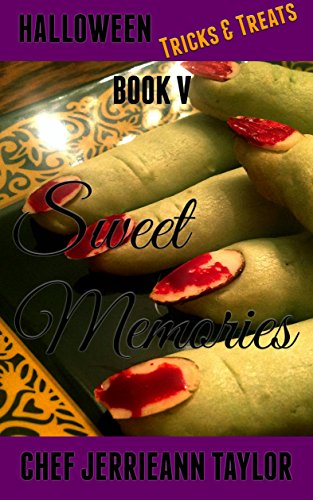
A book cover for Sweet Memories: Book V - Halloween Tricks & Treats: Halloween Tricks & Treats (Sweet Memories Cookbooks 5); Jerrieann Taylor; Cookbooks, Food & Wine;